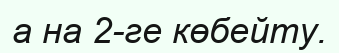
а на 2-ге көбейту.